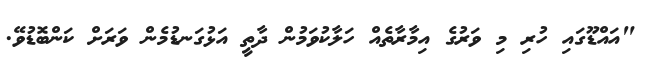
"އައްޑޫގައި ހުރި މި ވަރުގެ އިމާރާތެއް ހަލާކުވަމުން ދާތީ އަޅުގަނޑުމެން ވަރަށް ކަންބޮޑުވޭ.